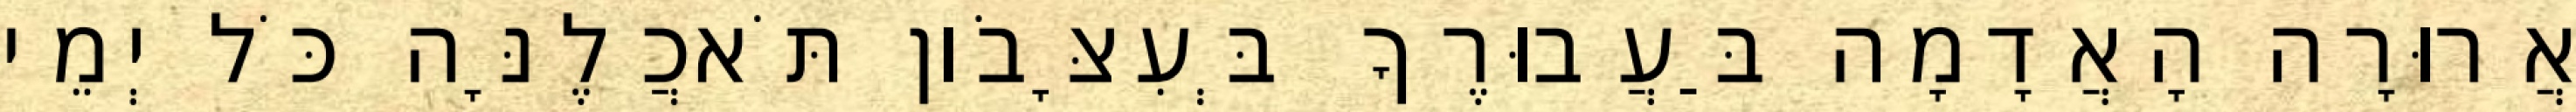
אֲרוּרָה הָאֲדָמָה בַּעֲבוּרֶךָ בְּעִצָּבֹון תֹּאכֲלֶנָּה כֹּל יְמֵי